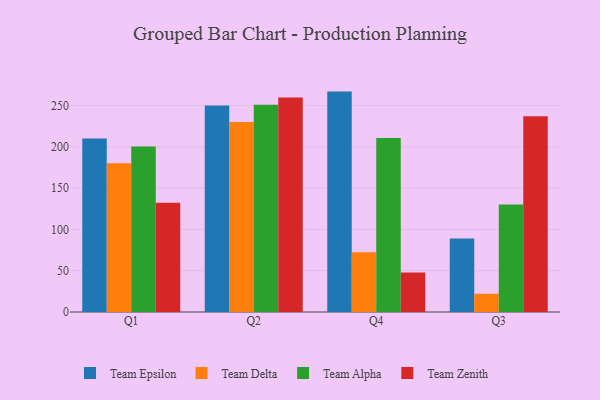
{"axis": {"x": "Quarter", "y": "Satisfaction Score"}, "legend": ["Team Alpha", "Team Delta", "Team Epsilon", "Team Zenith"], "data": [{"x": "Q1", "y": 210.2, "type": "Team Epsilon"}, {"x": "Q1", "y": 180.2, "type": "Team Delta"}, {"x": "Q1", "y": 200.4, "type": "Team Alpha"}, {"x": "Q1", "y": 132.3, "type": "Team Zenith"}, {"x": "Q2", "y": 250.2, "type": "Team Epsilon"}, {"x": "Q2", "y": 230.1, "type": "Team Delta"}, {"x": "Q2", "y": 251.1, "type": "Team Alpha"}, {"x": "Q2", "y": 259.9, "type": "Team Zenith"}, {"x": "Q4", "y": 266.9, "type": "Team Epsilon"}, {"x": "Q4", "y": 72.4, "type": "Team Delta"}, {"x": "Q4", "y": 210.6, "type": "Team Alpha"}, {"x": "Q4", "y": 47.8, "type": "Team Zenith"}, {"x": "Q3", "y": 89.0, "type": "Team Epsilon"}, {"x": "Q3", "y": 22.1, "type": "Team Delta"}, {"x": "Q3", "y": 130.1, "type": "Team Alpha"}, {"x": "Q3", "y": 237.1, "type": "Team Zenith"}]}